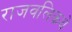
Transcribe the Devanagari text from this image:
राजवलिकथे